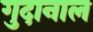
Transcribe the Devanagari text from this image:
गुदानाल